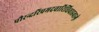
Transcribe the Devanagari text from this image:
पौरन्दरिप्रमदवारिधिवाडवाग्ने